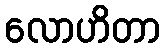
လောဟိတာ